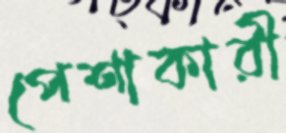
পেশাকারী